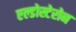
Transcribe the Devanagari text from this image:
एल्डोस्टेरोन